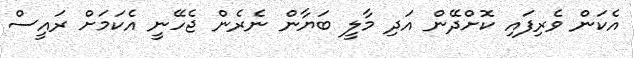
އެކަން ވެރިފައި ކޮށްދޭން އަދި މާލީ ބަޔާން ނެރެން ޖެހޭނީ އެކަމަށް ރައީސް